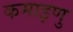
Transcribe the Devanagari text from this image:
कमाइणु